Vaccination North-Western Provinces and Oudh 1878-1895 - 1878-1895
Year: 1878
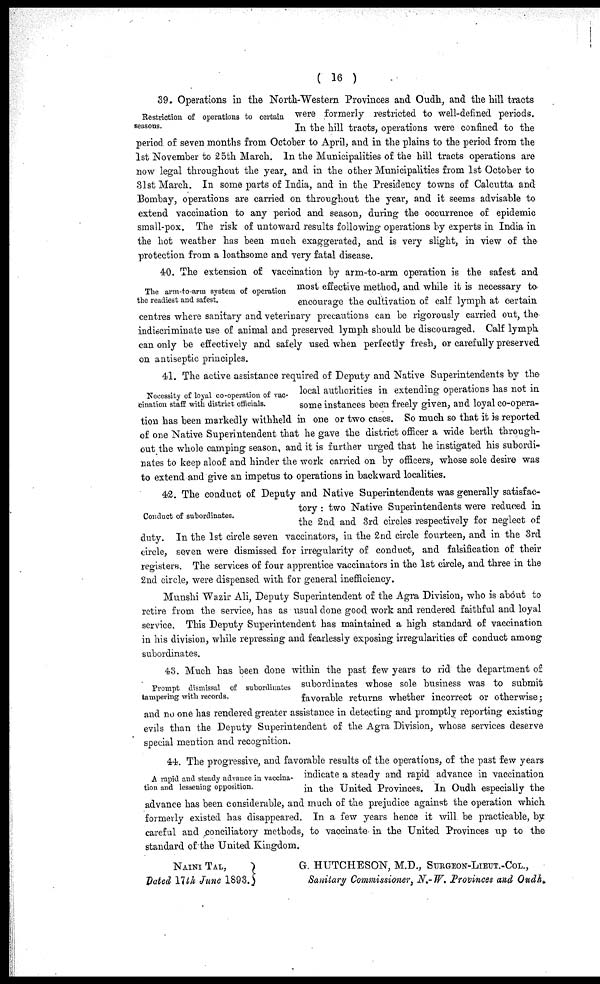
( 16 )
Restriction of operations to certain
seasons.
39. Operations in the North-Western Provinces and Oudh, and the hill tracts
were formerly restricted to well-defined periods.
In the hill tracts, operations were confined to the
period of seven months from October to April, and in the plains to the period from the
1st November to 25th March. In the Municipalities of the hill tracts operations are
now legal throughout the year, and in the other Municipalities from 1st October to
31st March. In some parts of India, and in the Presidency towns of Calcutta and
Bombay, operations are carried on throughout the year, and it seems advisable to
extend vaccination to any period and season, during the occurrence of epidemic
small-pox. The risk of untoward results following operations by experts in India in
the hot weather has been much exaggerated, and is very slight, in view of the
protection from a loathsome and very fatal disease.
The arm-to-arm system of operation
the readiest and safest.
40. The extension of vaccination by arm-to-arm operation is the safest and
most effective method, and while it is necessary to
encourage the cultivation of calf lymph at certain
centres where sanitary and veterinary precautions can be rigorously carried out, the
indiscriminate use of animal and preserved lymph should be discouraged. Calf lymph
can only be effectively and safely used when perfectly fresh, or carefully preserved
on antiseptic principles.
Necessity of loyal co-operation of vac-
cination staff with district officials.
41. The active assistance required of Deputy and Native Superintendents by the
local authorities in extending operations has not in
some instances been freely given, and loyal co-opera-
tion has been markedly withheld in one or two cases. So much so that it is reported
of one Native Superintendent that he gave the district officer a wide berth through-
out the whole camping season, and it is further urged that he instigated his subordi-
nates to keep aloof and hinder the work carried on by officers, whose sole desire was
to extend and give an impetus to operations in backward localities.
Conduct of subordinates.
42. The conduct of Deputy and Native Superintendents was generally satisfac-
tory : two Native Superintendents were reduced in
the 2nd and 3rd circles respectively for neglect of
duty. In the 1st circle seven vaccinators, in the 2nd circle fourteen, and in the 3rd
circle, seven were dismissed for irregularity of conduct, and falsification of their
registers. The services of four apprentice vaccinators in the 1st circle, and three in the
2nd circle, were dispensed with for general inefficiency.
Munshi Wazir Ali, Deputy Superintendent of the Agra Division, who is about to
retire from the service, has as usual done good work and rendered faithful and loyal
service. This Deputy Superintendent has maintained a high standard of vaccination
in his division, while repressing and fearlessly exposing irregularities of conduct among
subordinates.
Prompt dismissal of subordinates
tampering with records.
43. Much has been done within the past few years to rid the department of
subordinates whose sole business was to submit
favorable returns whether incorrect or otherwise;
and no one has rendered greater assistance in detecting and promptly reporting existing
evils than the Deputy Superintendent of the Agra Division, whose services deserve
special mention and recognition.
A rapid and steady advance in vaccina-
tion and lessening opposition.
44. The progressive, and favorable results of the operations, of the past few years
indicate a steady and rapid advance in vaccination
in the United Provinces. In Oudh especially the
advance has been considerable, and much of the prejudice against the operation which
formerly existed has disappeared. In a few years hence it will be practicable, by
careful and conciliatory methods, to vaccinate in the United Provinces up to the
standard of the United Kingdom.
NAINI TAL,
Dated 17 th June 1893.
G. HUTCHESON, M.D., SURGEON-LIEUT.-COL.,
Sanitary Commissioner, N.- W. Provinces and Oudh.